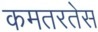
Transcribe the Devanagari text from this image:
कमतरतेस